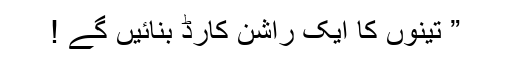
” تینوں کا ایک راشن کارڈ بنائیں گے !